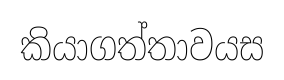
කියාගත්තාවයස